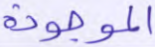
الموجودة